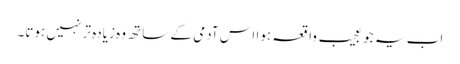
اب یہ جو عجیب واقعہ ہوا اس آدمی کے ساتھ وہ زیادہ تر نہیں ہوتا۔